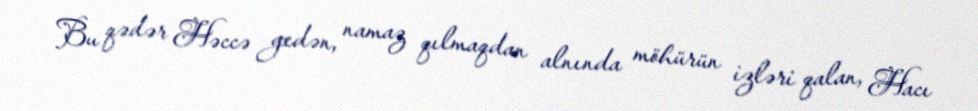
Bu qədər Həccə gedən, namaz qılmaqdan alnında möhürün izləri qalan, Hacı